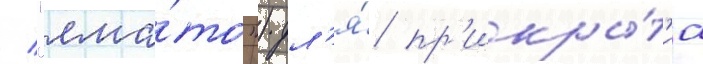
/ "яма́то") дл'я́ пр'икры́т'иа